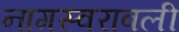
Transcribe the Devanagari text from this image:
नागस्वरावली